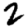
Digit: 2